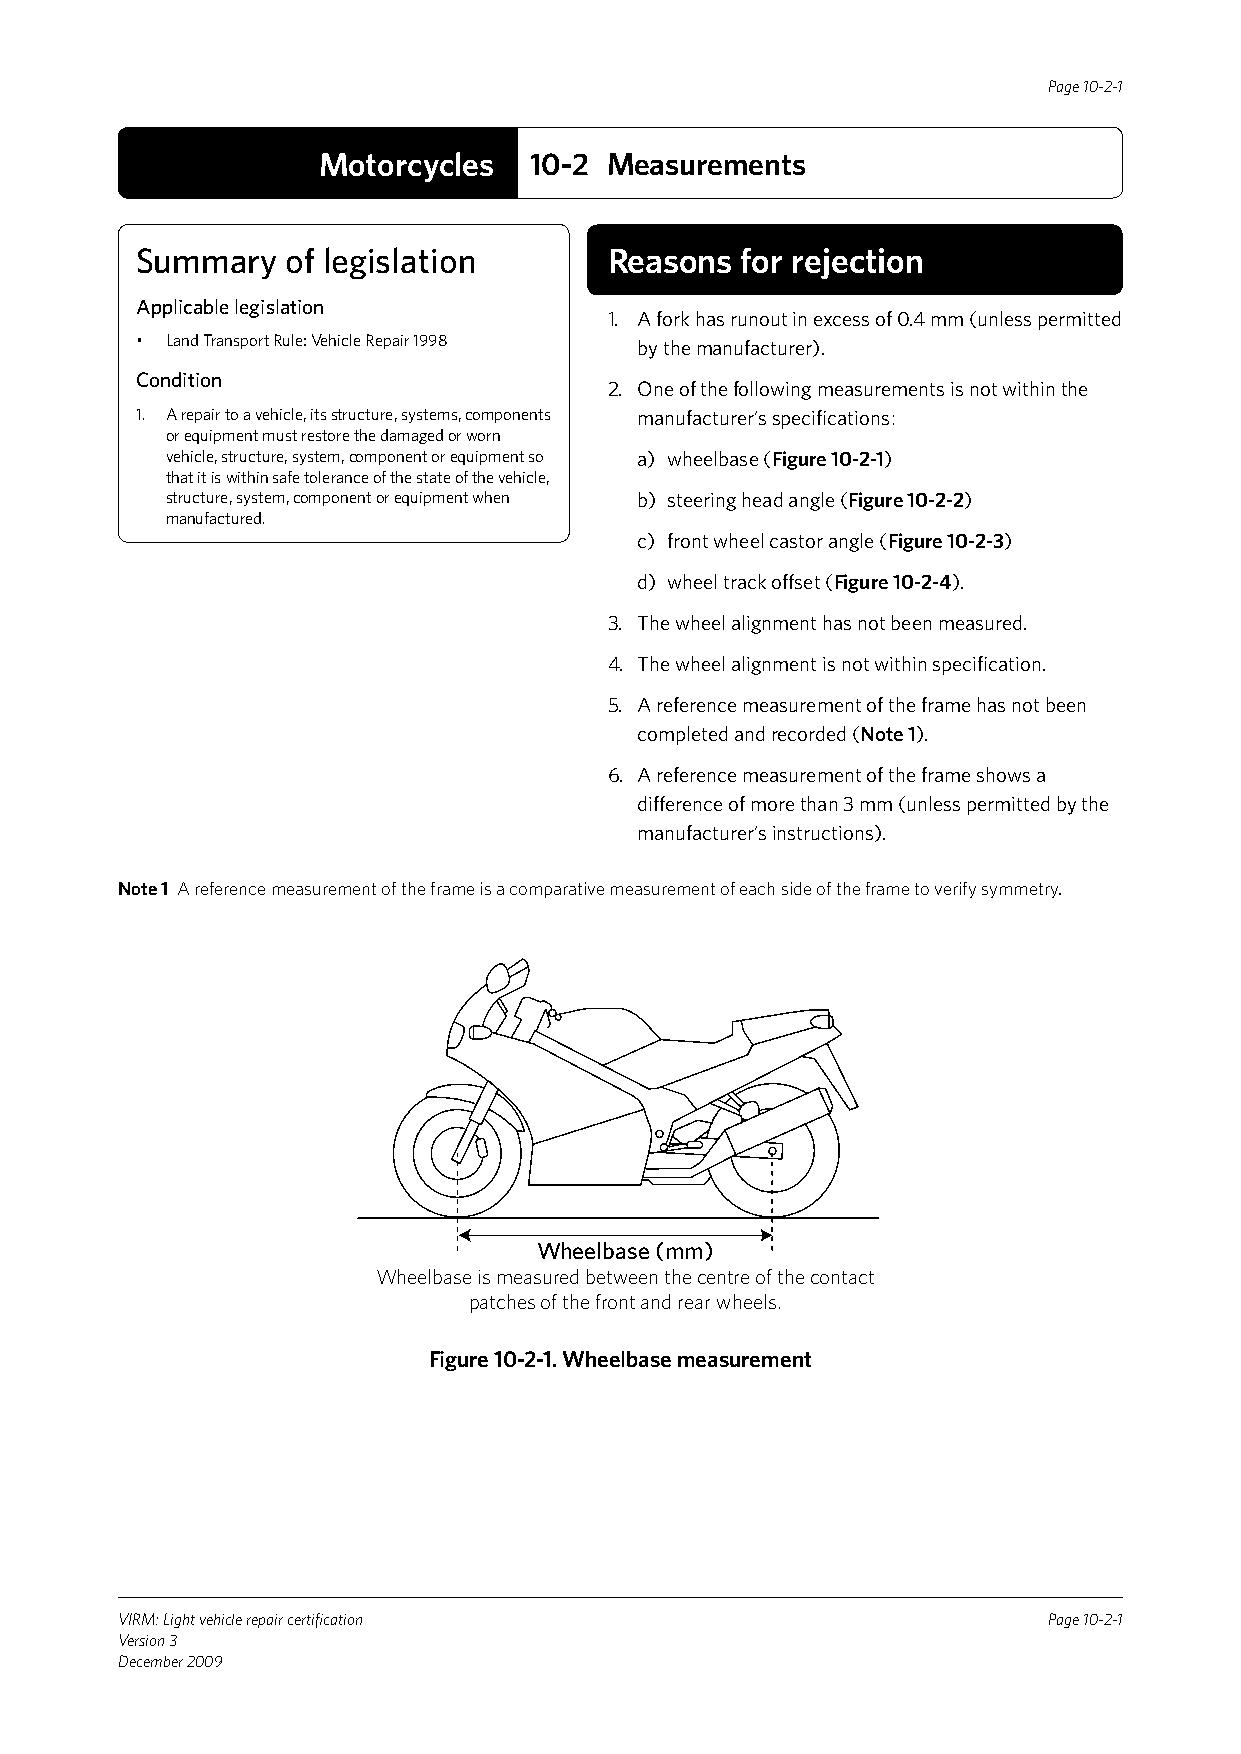
Page 10-2-1
 Motorcycles   10-2 Measurements
 Summary   of legislation       Reasons  for rejection
 Applicable legislation
 1. A fork has runout in excess of 0.4 mm (unless permitted
 • Land Transport Rule: Vehicle Repair 1998 by the manufacturer).
 Condition
 2. One of the following measurements is not within the
 1. A repair to a vehicle, its structure, systems, components manufacturer’s specifications:
 or equipment must restore the damaged or worn
 vehicle, structure, system, component or equipment so a) wheelbase (Figure 10-2-1)
 that it is within safe tolerance of the state of the vehicle,
 structure, system, component or equipment when b) steering head angle (Figure 10-2-2)
 manufactured.
 c) front wheel castor angle (Figure 10-2-3)
 d) wheel track offset (Figure 10-2-4).
 3. The wheel alignment has not been measured.
 4. The wheel alignment is not within specification.
 5. A reference measurement of the frame has not been
 completed and recorded (Note 1).
 6. A reference measurement of the frame shows a
 difference of more than 3 mm (unless permitted by the
 manufacturer’s instructions).
 Note 1 A reference measurement of the frame is a comparative measurement of each side of the frame to verify symmetry.
 Wheelbase (mm)
 Wheelbase is measured between the centre of the contact
 patches of the front and rear wheels.
 Figure 10-2-1. Wheelbase measurement
 VIRM: Light vehicle repair certification                     Page 10-2-1
 Version 3
 December 2009